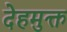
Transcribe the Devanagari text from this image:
देहमुक्त